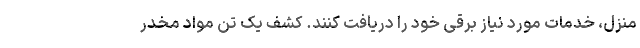
منزل، خدمات مورد نیاز برقی خود را دریافت کنند. کشف یک تن مواد مخدر